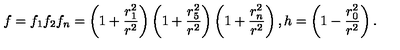
f = f _ { 1 } f _ { 2 } f _ { n } = \left( 1 + { \frac { r _ { 1 } ^ { 2 } } { r ^ { 2 } } } \right) \left( 1 + { \frac { r _ { 5 } ^ { 2 } } { r ^ { 2 } } } \right) \left( 1 + { \frac { r _ { n } ^ { 2 } } { r ^ { 2 } } } \right) , h = \left( 1 - { \frac { r _ { 0 } ^ { 2 } } { r ^ { 2 } } } \right) .